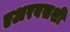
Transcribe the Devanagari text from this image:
एअरबसशी